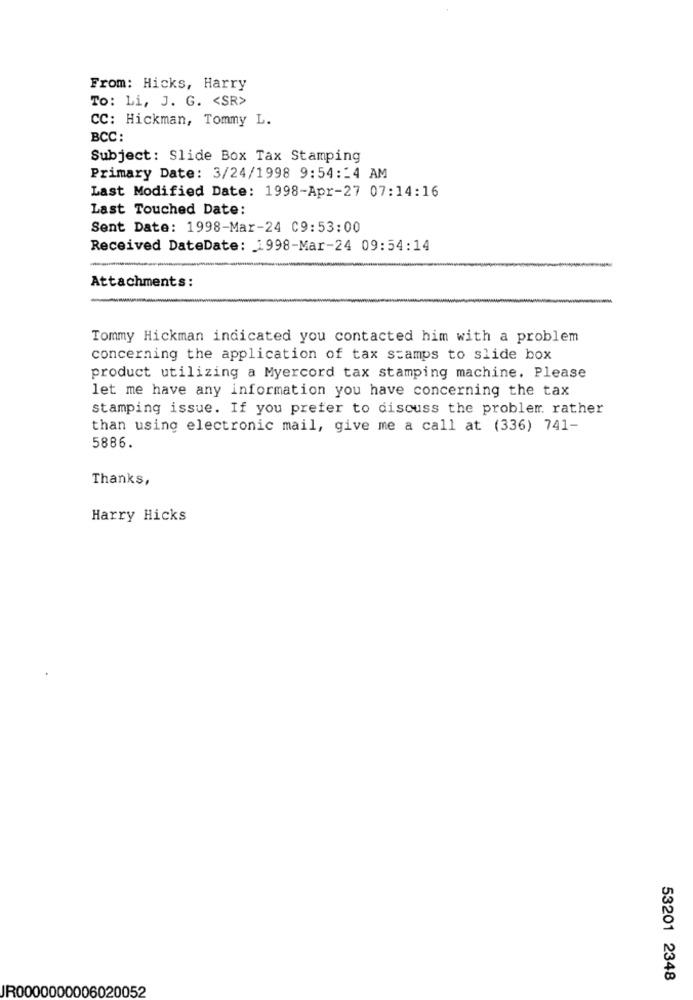
From: Hicks, Harry
To: Li, J. G. < SR>
CC: Hickman, Tommy L.
BCC:
Subject: Slide Box Tax Stamping
Primary Date: 3/24/1998 9:54:14 AM
Last Modified Date: 1998-Apr-27 07:14:16
Last Touched Date:
Sent Date: 1998-Mar-24 C9:53:00
Received DateDate: 1998-Mar-24 09:54:14
Attachments:
Tommy Hickman indicated you contacted him with a problem
concerning the application of tax stamps to slide box
product utilizing a Myercord tax stamping machine. Please
let me have any information you have concerning the tax
stamping issue. If you prefer to discuss the problem. rather
than using electronic mail, give me a call at (336) 741-
5886.
Thanks,
Harry Hicks
53201 2348
IR0000000006020052